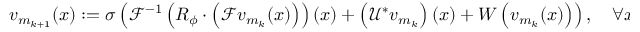
v _ { m _ { k + 1 } } ( x ) : = \sigma \left( \mathcal { F } ^ { - 1 } \left( R _ { \phi } \cdot \left( \mathcal { F } v _ { m _ { k } } ( x ) \right) \right) ( x ) + \left( \mathcal { U ^ { * } } v _ { m _ { k } } \right) ( x ) + W \left( v _ { m _ { k } } ( x ) \right) \right) , \quad \forall x \in D .